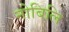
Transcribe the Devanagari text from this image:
नोबिलि